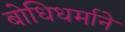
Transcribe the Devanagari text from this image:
बोधिधर्माने